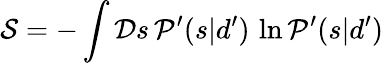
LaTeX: {\mathcal{S}}=-\int{\mathcal{D}}s\, {\mathcal{P}}^{\prime}(s|d^{\prime})\, \ln{\mathcal{P}}^{\prime}(s|d^{\prime})